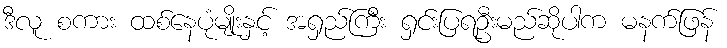
ဒီလူ စကား ထစ်နေပုံမျိုးနှင့် အရှည်ကြီး ရှင်းပြရဦးမည်ဆိုပါက မနက်ဖြန်